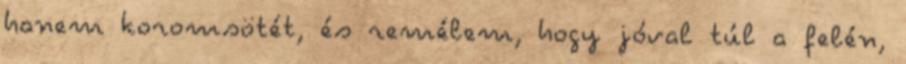
hanem koromsötét, és remélem, hogy jóval túl a felén,